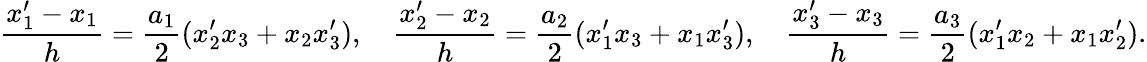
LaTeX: \frac{x_{1}^{\prime}-x_{1}}{h}=\frac{a_{1}}{2}(x_{2}^{\prime}x_{3}+x_{2}x_{3}^{\prime}),\quad\frac{x_{2}^{\prime}-x_{2}}{h}=\frac{a_{2}}{2}(x_{1}^{\prime}x_{3}+x_{1}x_{3}^{\prime}),\quad\frac{x_{3}^{\prime}-x_{3}}{h}=\frac{a_{3}}{2}(x_{1}^{\prime}x_{2}+x_{1}x_{2}^{\prime}).